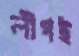
লীগই